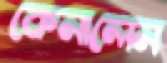
কেনালেন